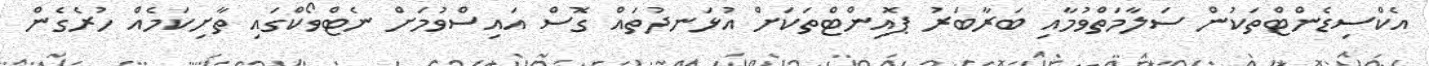
އެކްސިޑެންޓްތަކުން ސަލާމަތްވުމާއި ބަރާބަރު ޕޮއިންޓްތަކަށް އުޅަނދުތައް ގޮސް އައިސްވުމަށް ނެޓްވޯކްގައި ތާށިކަމެއް ހުރެގެން